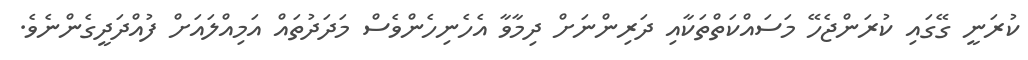
ކުރަނީ ގޭގައި ކުރަންޖެހޭ މަސައްކަތްތަކާއި ދަރިންނަށް ދިމާވާ އެހެނިހެންވެސް މަދަދުތައް އަމިއްލައަށް ފުއްދަދީގެންނެވެ.